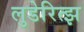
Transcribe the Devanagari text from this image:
लुडेरित्झ